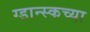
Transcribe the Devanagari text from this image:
ग्डान्स्कच्या